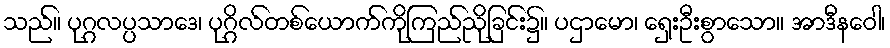
သည်။ ပုဂ္ဂလပ္ပသာဒေ၊ ပုဂ္ဂိလ်တစ်ယောက်ကိုကြည်ညိုခြင်း၌။ ပဌာမော၊ ရှေးဦးစွာသော။ အာဒီနဝေါ၊